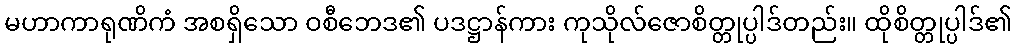
မဟာကာရုဏိကံ အစရှိသော ဝစီဘေဒ၏ ပဒဋ္ဌာန်ကား ကုသိုလ်ဇောစိတ္တုပ္ပါဒ်တည်း။ ထိုစိတ္တုပ္ပါဒ်၏